Vaccination North-Western Provinces and Oudh 1878-1895 - 1878-1895
Year: 1878
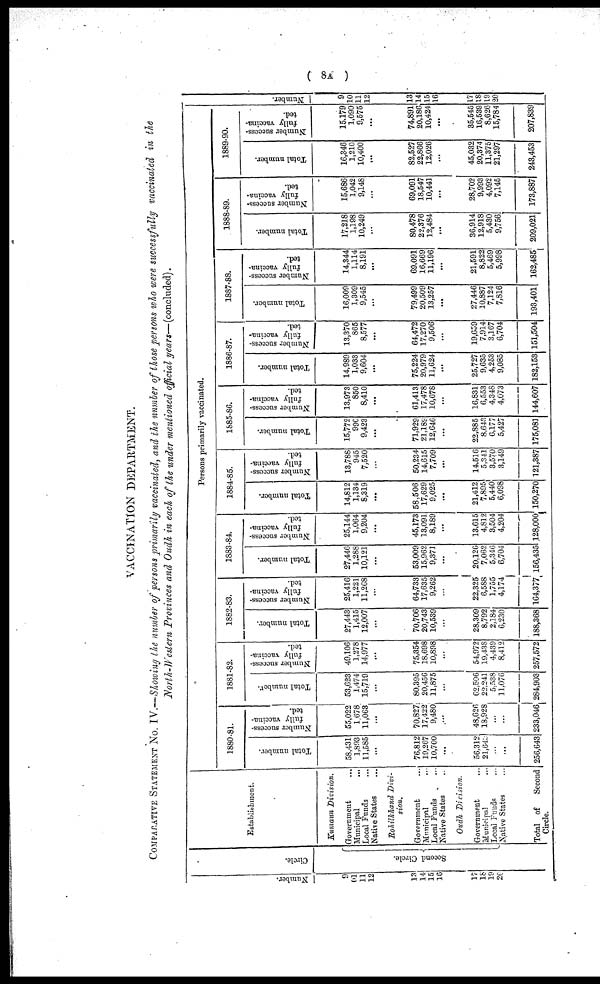
( 8A )
VACCINATION DEPARTMENT.
COMPARATIVE STATEMENT No. IV.—Showing the number of persons primarily vaccinated, and the number of those persons who were successfully vaccinated in the
North-Western Provinces and Oudh in each of the under mentioned official years—(concluded).
Number.
9
10
11
12
13
14
15
16
17
18
19
20
Circle.
Second Circle.
Establishment.
Kumaun Division.
Government ...
Municipal ...
Local Funds ...
Native States ...
Rohilkhand Divi-
sion.
Government ...
Municipal ...
Local Funds ...
Native States ...
Oudh Division.
Government ...
Municipal ...
Local Funds ...
Native States ...
Total of Second
Circle.
Persons primarily vaccinated.
1880-81.
Total number.
58,431
1,893
11,585
...
76,812
19,267
10,700
...
56,312
21,643
...
...
256,643
Number success-
fully vaccina-
ted.
55,022
1,678
11,063
...
70,827
17,422
9,480
...
48,626
18,928
...
...
233,046
1881-82.
Total number.
53,623
1,474
15,719
...
80,395
20,456
11,875
...
62,506
22,241
5,538
11,076
284,903
N umber success-
fully vaccina-
ted.
49,106
1,278
14,977
...
75,354
18,698
10,898
...
54,972
19,438
4,439
8,412
257,572
1882-83.
Total number.
27,443
1,415
12,007
...
70,706
20,743
10,539
...
28,309
8,792
2,184
6,230
188,368
Number success-
fully vaccina-
ted.
25,416
1,221
11,268
...
64,733
17,635
9,262
...
22,325
6,588
1,755
4,174
164,377
1883-84.
Total number.
27,446
1,288
10,121
...
53,009
15,962
9,371
...
20,126
7,062
5,346
6,704
156,435
Number success-
fully vaccina-
ted.
25,144
1,064
9,204
...
45,173
13,091
8,189
...
13,615
4,812
3,504
4,204
128,000
1884-85.
Total number.
14,812
1,134
8,319
...
58,506
17,629
9,025
...
21,412
7,895
5,440
6,098
150,270
Number success-
fully vaccina-
ted.
13,788
945
7,520
...
50,234
14,615
7,709
...
14,516
5,341
3,570
3,149
121,387
1885-86.
Total number.
15,772
990
9,423
...
71,929
21,189
12,646
...
22,885
8,643
6,177
5,427
175,081
Number success-
fully vaccina-
ted.
13,973
850
8,410
...
61,413
17,478
10,678
...
16,831
6,553
4,348
4,073
144,607
1886-87.
Total number.
14,989
1,033
9,604
...
75,224
20,979
11,624
...
25,727
9,635
4,253
9,085
182,153
Number success-
fully vaccina-
ted.
13,370
865
8,577
...
64,472
17,270
9,506
...
19,659
7,914
3,167
6,704
151,504
1887-88.
Total number.
16,009
1,309
9,545
...
79,499
20,509
13,257
...
27,446
10,887
7,124
7,816
193,401
Number success-
fully vaccina-
ted.
14,344
1,114
8,191
...
69,091
16,669
11,196
...
21,591
8,822
5,469
5,998
162,485
1888-89.
Total number.
17,218
1,198
10,249
...
80,478
22,376
12,484
...
36,914
12,918
5,430
9,756
209,021
Number success-
fully vaccina-
ted.
15,686
1,042
9,148
...
69,091
18,547
10,441
...
28,702
9,993
4,092
7,145
173,887
1889-90.
Total number.
16,346
1,210
10,400
...
82,527
22,866
12,026
...
45,032
20,374
11,375
21,297
243,453
Number success-
fully vaccina-
ted.
15,179
1,090
9,575
...
74,891
20,186
10,424
...
35,545
16,539
8,626
15,784
207,839
Number.
9
10
11
12
13
14
15
16
17
18
19
20